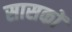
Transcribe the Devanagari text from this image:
सासकों